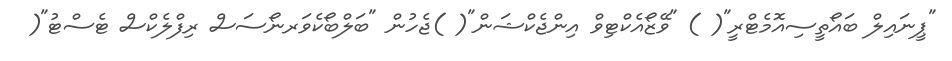
"ޕީނައިލް ބައޯތީސިއޮމެޓްރީ"( ) "ވޭޒޯއެކްޓިވް އިންޖެކްޝަން"( )ޖެހުން "ބަލްބޯކެވަރނޯސަސް ރިފްލެކްސް ޓެސްޓު"(